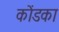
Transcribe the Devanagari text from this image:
कोंडका